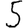
Digit: 5